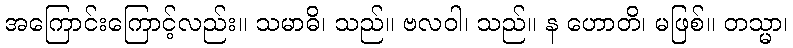
အကြောင်းကြောင့်လည်း။ သမာဓိ၊ သည်။ ဗလဝါ၊ သည်။ န ဟောတိ၊ မဖြစ်။ တသ္မာ၊